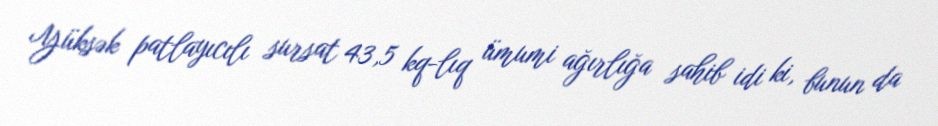
Yüksək patlayıcılı sursat 43,5 kq-lıq ümumi ağırlığa sahib idi ki, bunun da